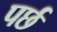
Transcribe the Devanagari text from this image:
पर्छ